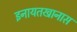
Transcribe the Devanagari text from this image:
इनायतखानास